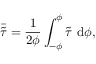
\bar { \tilde { \tau } } = \frac { 1 } { 2 \phi } \int _ { - \phi } ^ { \phi } \tilde { \tau } \ \mathrm { d } \phi ,